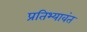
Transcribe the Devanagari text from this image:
प्रतिभ्यावंत